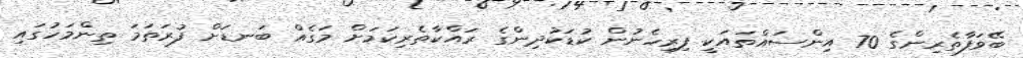
ބޭވަފާތެރިންގެ 70 އިންސައްތައަކީ ފިރިހެނުން ކުޑަކުދިންގެ ރައްކާތެރިކަމަށް މަގެއް ބަނޑަށް ފުރަތަމަ ތިންމަހުގައި